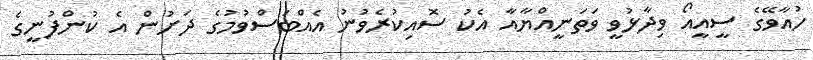
ހުއާވޭގެ ސީއީއޯ ވިދާޅުވީ ވަތަނީއްޔާއާ އެކު ސޮއިކުރެވުނު އެއްބަސްވުމުގެ ދަށުން އެ ކުންފުނީގެ